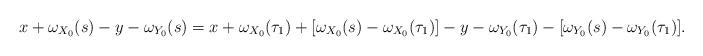
LaTeX: \begin{align*}x+\omega_{X_0}(s)-y-\omega_{Y_0}(s)=x+\omega_{X_0}(\tau_1)+[\omega_{X_0}(s)-\omega_{X_0}(\tau_1)]-y-\omega_{Y_0}(\tau_1)-[\omega_{Y_0}(s)-\omega_{Y_0}(\tau_1)]. \end{align*}